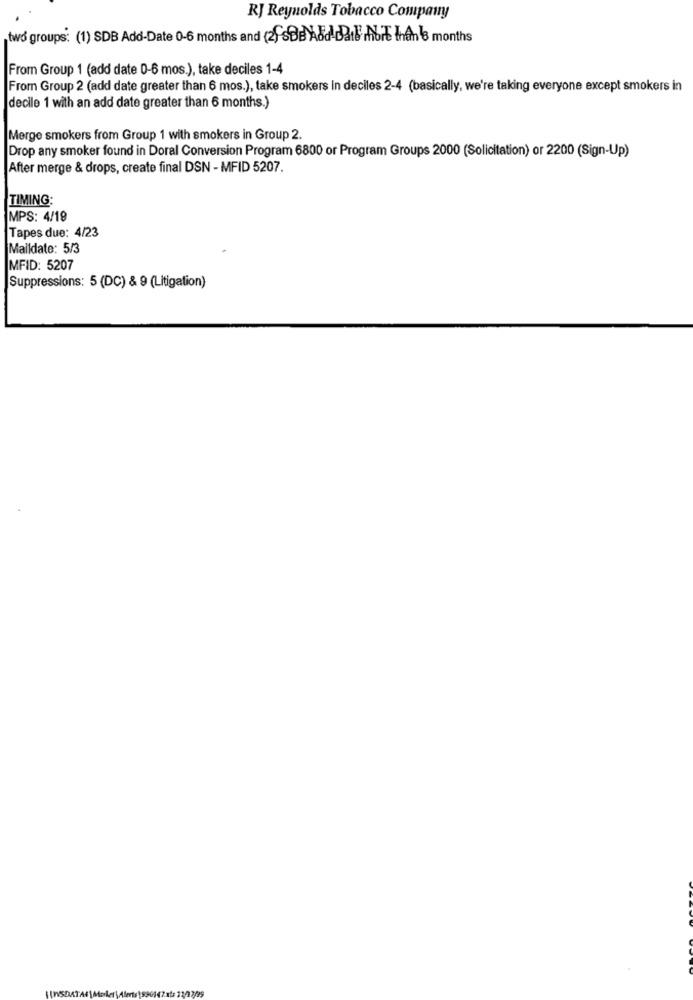
RJ Reynolds Tobacco Company
two groups: (1) SDB Add-Date 0-6 months and (2) sBe Add datl mhbrt Ihnen months
From Group 1 (add date 0-6 mos.), take deciles 1-4
From Group 2 (add date greater than 6 mos.), take smokers in deciles 2-4 (basically, we're taking everyone except smokers in
decile 1 with an add date greater than 6 months.)
Merge smokers from Group 1 with smokers in Group 2.
Drop any smoker found in Doral Conversion Program 6800 or Program Groups 2000 (Solicitation) or 2200 (Sign-Up)
After merge & drops, create final DSN - MFID 5207.
TIMING:
MPS: 4/19
Tapes due: 4/23
Maildate: 5/3
MFID: 5207
Suppressions: 5 (DC) & 9 (Litigation)